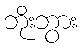
ဘိုးဘွား